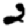
Digit: 2